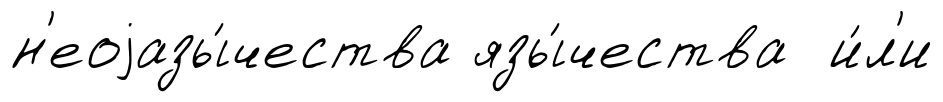
н'еоjазы́чества язы́чества и́л'и